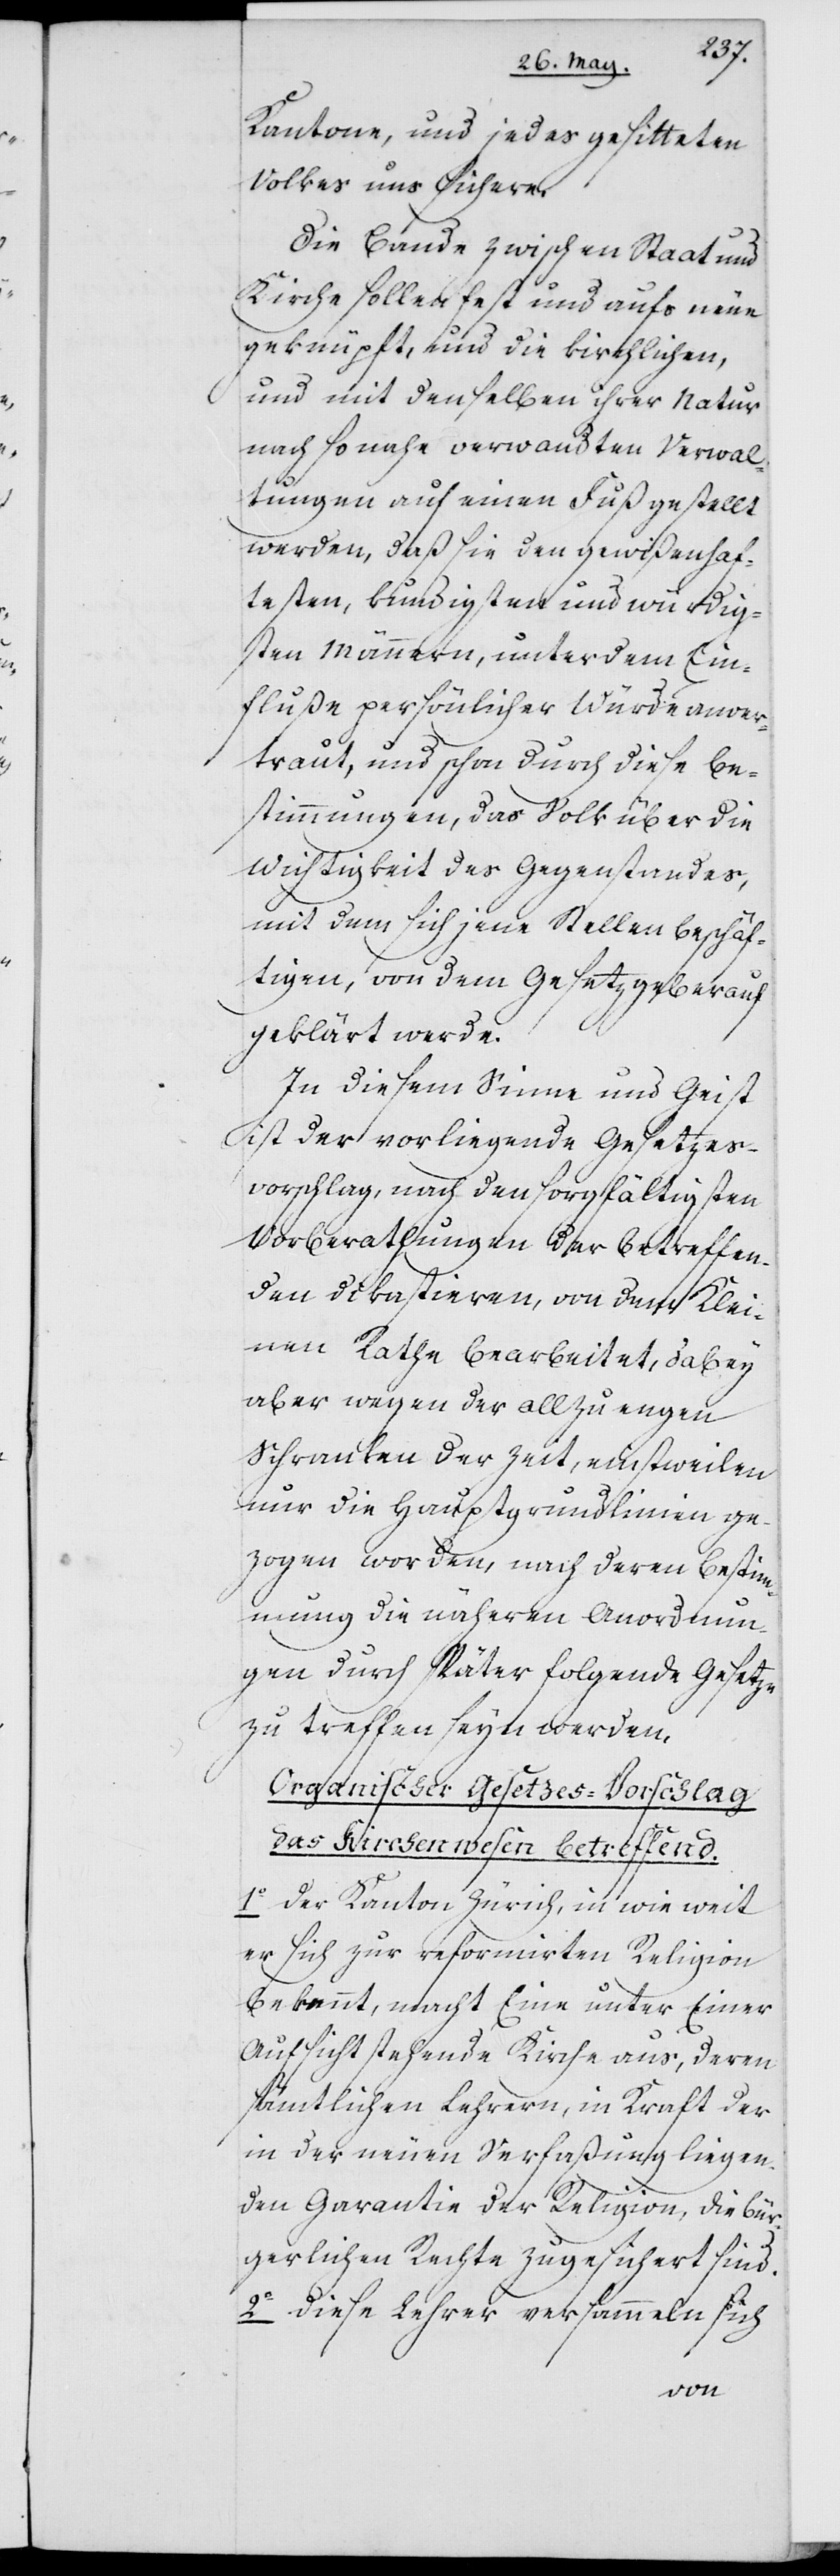
Kantone, und jedes gesitteten
Volkes uns sichere.
Die Bande zwischen Staat und
Kirche sollen fest und aufs neue
geknüpft, und die kirchlichen,
und mit denselben ihrer Natur
nach so nahe verwandten Verwal¬
tungen auf einen Fuß gestellt
werden, daß sie den gewißenhaf¬
testen, kundigsten und würdig¬
sten Männern, unter dem Ein¬
fluße persönlicher Würde anver¬
traut, und schon durch diese Be¬
stimmungen, das Volk über die
Wichtigkeit des Gegenstandes,
mit dem sich jene Stellen beschäf¬
tigen, von dem Gesetzgeber auf¬
geklärt werde.
In diesem Sinne und Geist
ist der vorliegende Gesetzes¬
vorschlag nach den sorgfältigsten
Vorberathungen der betreffen¬
den Dikastieren, von dem Klei¬
nen Rathe bearbeitet, dabey
aber wegen der allzu engen
Schranken der Zeit, einstweilen
nur die Hauptgrundlinien ge¬
zogen worden, nach deren Bestim¬
mung die näheren Anordnun¬
gen durch später folgende Gesetze
zu treffen seyn werden.
Organischer Gesetzes-Vorschlag
das Kirchenwesen betreffend.
1o Der Kanton Zürich, in wie weit
er sich zur reformirten Religion
bekennt, macht Eine unter Einer
Aufsicht stehende Kirche aus, deren
sämtlichen Lehrern, in Kraft der
in der neuen Verfaßung liegen¬
den Garantie der Religion, die bür¬
gerlichen Rechte zugesichert sind.
2o Diese Lehrer versammeln sich